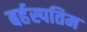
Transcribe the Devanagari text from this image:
बर्हस्पतिम